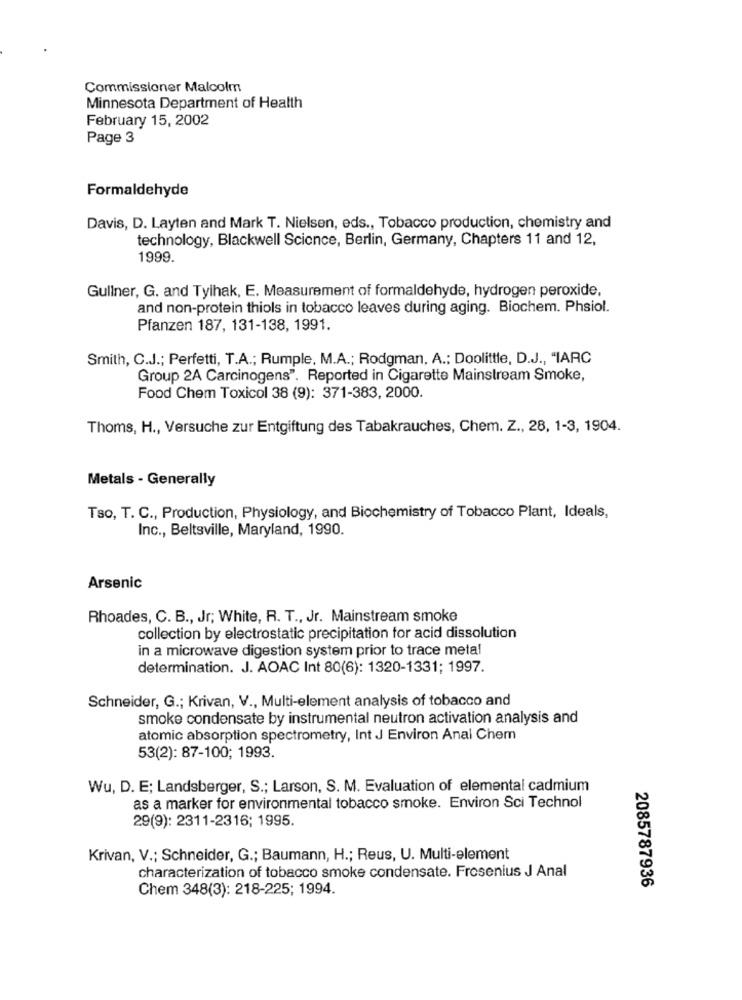
Commissioner Malcolm
Minnesota Department of Health
February 15, 2002
Page 3
Formaldehyde
Davis, D. Layten and Mark T. Nielsen, eds ., Tobacco production, chemistry and
technology, Blackwell Science, Berlin, Germany, Chapters 11 and 12,
1999.
Gullner, G. and Tylhak, E. Measurement of formaldehyde, hydrogen peroxide,
and non-protein thiols in tobacco leaves during aging. Biochem. Phsiol.
Pfanzen 187, 131-138, 1991.
Smith, C.J .; Perfetti, T.A .; Rumple, M.A .; Rodgman, A .; Doolittle, D.J ., "IARC
Group 2A Carcinogens". Reported in Cigarette Mainstream Smoke,
Food Chem Toxicol 38 (9): 371-383, 2000.
Thoms, H ., Versuche zur Entgiftung des Tabakrauches, Chem. Z ., 28, 1-3, 1904.
Metals - Generally
Tso, T. C ., Production, Physiology, and Biochemistry of Tobacco Plant, Ideals,
Inc ., Beltsville, Maryland, 1990.
Arsenic
Rhoades, C. B ., Jr; White, R. T ., Jr. Mainstream smoke
collection by electrostatic precipitation for acid dissolution
in a microwave digestion system prior to trace metal
determination. J. AOAC Int 80(6): 1320-1331; 1997.
Schneider, G .; Krivan, V ., Multi-element analysis of tobacco and
smoke condensate by instrumental neutron activation analysis and
atomic absorption spectrometry, Int J Environ Anal Chem
53(2): 87-100; 1993.
Wu, D. E; Landsberger, S .; Larson, S. M. Evaluation of elemental cadmium
as a marker for environmental tobacco smoke. Environ Sci Technol
29(9): 2311-2316; 1995.
Krivan, V .; Schneider, G .; Baumann, H .; Reus, U. Multi-element
characterization of tobacco smoke condensate. Fresenius J Anal
Chem 348(3): 218-225; 1994.
2085787936